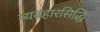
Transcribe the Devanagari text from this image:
व्यवहारसिद्धि